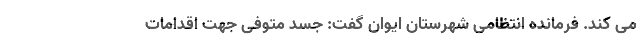
می کند. فرمانده انتظامی شهرستان ایوان گفت: جسد متوفی جهت اقدامات